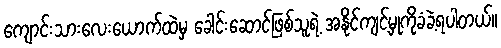
ကျောင်းသားလေးယောက်ထဲမှ ခေါင်းဆောင်ဖြစ်သူရဲ့ အနိုင်ကျင့်မှုကိုခံခဲ့ရပါတယ်။